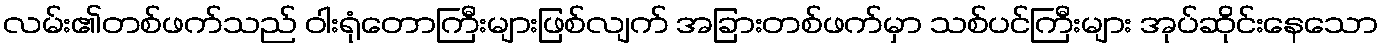
လမ်း၏တစ်ဖက်သည် ဝါးရုံတောကြီးများဖြစ်လျက် အခြားတစ်ဖက်မှာ သစ်ပင်ကြီးများ အုပ်ဆိုင်းနေသော